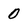
Character: 0